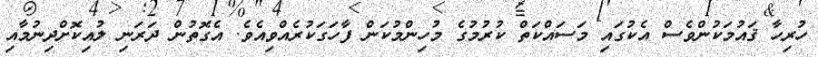
ހުރިހާ ޤައުމަކުންވެސް އެކުގައި މަސައްކަތް ކުރުމުގެ މުހިންމުކަން ފާހަގަކުރެއްވިއެވެ. އެގޮތުން ދަރަނި ލުއިކޮށްދިނުމާއި